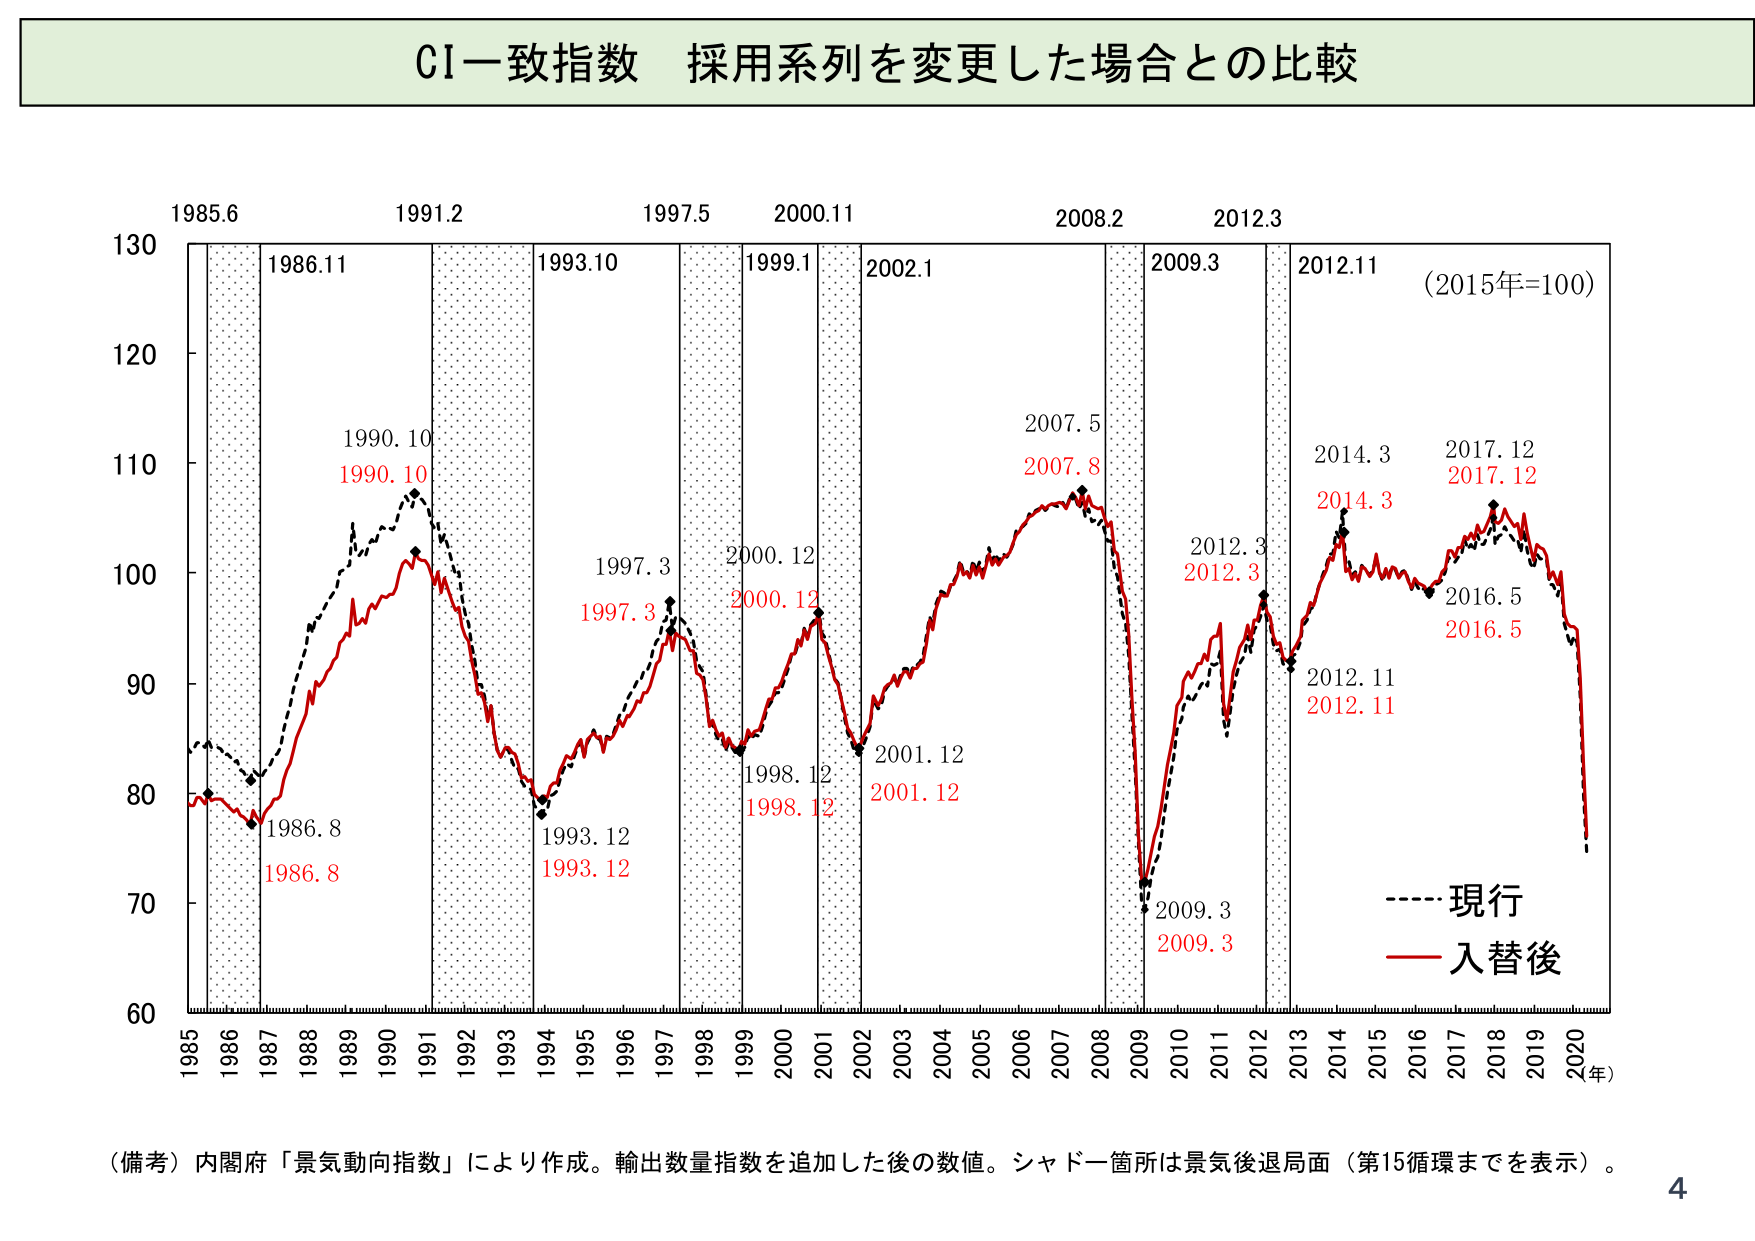
CI一致指数 採用系列を変更した場合との比較

1985.6
1986.11
1990.10
1990.10
1991.2
1993.10
1997.5
1999.1
2000.11
2002.1
2008.2
2009.3
2012.3
2012.11
(2015年=100)

130
120
110
100
90
80
70
60

1986.8
1986.8
1997.3
1997.3
2000.12
2000.12
1998.12
1998.12
2001.12
2001.12
2007.5
2007.8
2012.3
2012.3
2014.3
2014.3
2017.12
2017.12
2016.5
2016.5
2012.11
2012.11
2009.3
2009.3

1993.12
1993.12

1985 1986 1987 1988 1989 1990 1991 1992 1993 1994 1995 1996 1997 1998 1999 2000 2001 2002 2003 2004 2005 2006 2007 2008 2009 2010 2011 2012 2013 2014 2015 2016 2017 2018 2019 2020 (年)

------現行
——入替後

（備考）内閣府「景気動向指数」により作成。輸出数量指数を追加した後の数値。シャドー箇所は景気後退局面（第15循環までを表示）。

4